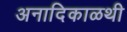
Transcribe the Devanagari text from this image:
अनादिकाळथी